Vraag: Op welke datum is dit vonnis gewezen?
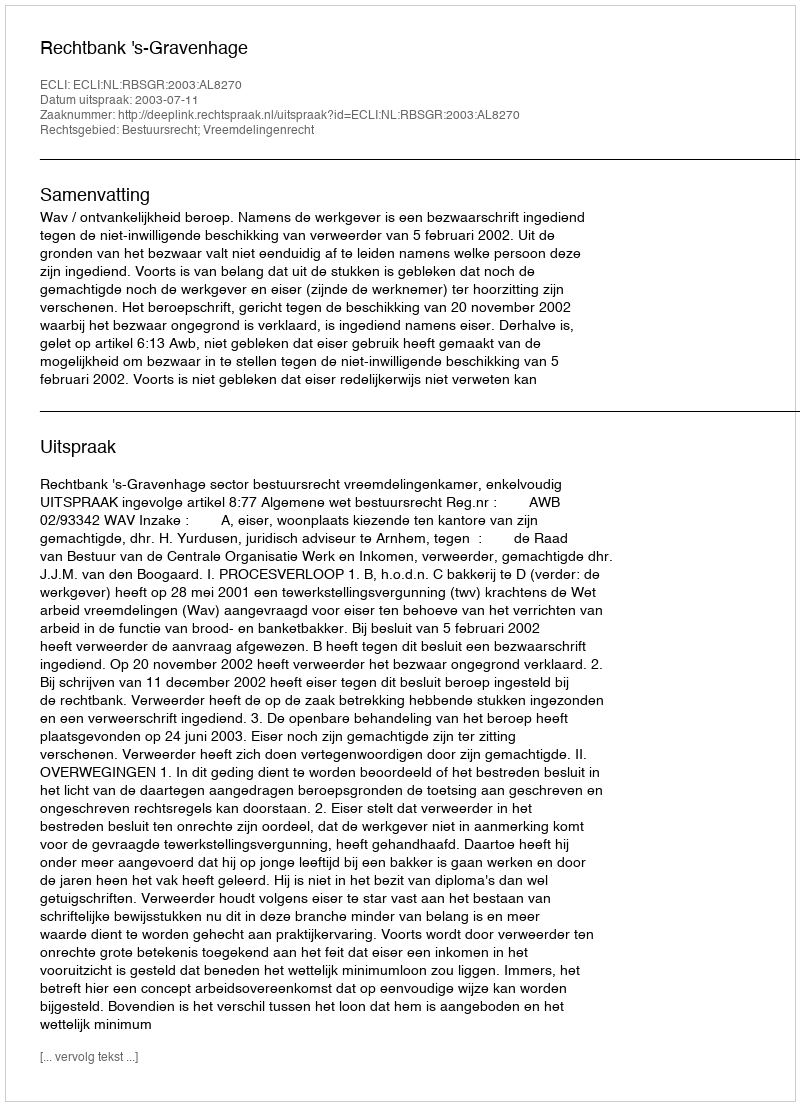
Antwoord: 2003-07-11